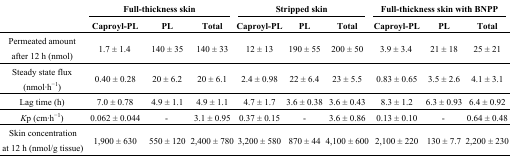
| <ROWSPAN=2>  | <COLSPAN=3> Full-thickness skin | <COLSPAN=3> Stripped skin | <COLSPAN=3> Full-thickness skin with BNPP |
 | Caproyl-PL | PL | Total | Caproyl-PL | PL | Total | Caproyl-PL | PL | Total |
 | --- | --- | --- | --- | --- | --- | --- | --- | --- | --- |
 | Permeated amount after 12 h (nmol) | 1.7 ± 1.4 | 140 ± 35 | 140 ± 33 | 12 ± 13 | 190 ± 55 | 200 ± 50 | 3.9 ± 3.4 | 21 ± 18 | 25 ± 21 |
 | Steady state flux (nmol·h−1) | 0.40 ± 0.28 | 20 ± 6.2 | 20 ± 6.1 | 2.4 ± 0.98 | 22 ± 6.4 | 23 ± 5.5 | 0.83 ± 0.65 | 3.5 ± 2.6 | 4.1 ± 3.1 |
 | Lag time (h) | 7.0 ± 0.78 | 4.9 ± 1.1 | 4.9 ± 1.1 | 4.7 ± 1.7 | 3.6 ± 0.38 | 3.6 ± 0.43 | 8.3 ± 1.2 | 6.3 ± 0.93 | 6.4 ± 0.92 |
 | Kp (cm·h−1) | 0.062 ± 0.044 | - | 3.1 ± 0.95 | 0.37 ± 0.15 | - | 3.6 ± 0.86 | 0.13 ± 0.10 | - | 0.64 ± 0.48 |
 | Skin concentration at 12 h (nmol/g tissue) | 1,900 ± 630 | 550 ± 120 | 2,400 ± 780 | 3,200 ± 580 | 870 ± 44 | 4,100 ± 600 | 2,100 ± 220 | 130 ± 7.7 | 2,200 ± 230 |